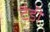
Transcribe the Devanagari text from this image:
टैडी